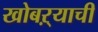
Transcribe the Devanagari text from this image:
खोबऱ्याची